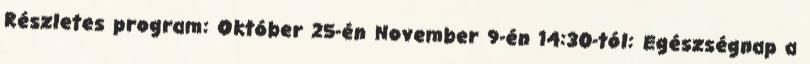
Részletes program: Október 25-én November 9-én 14:30-tól: Egészségnap a